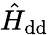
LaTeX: \hat{H}_{\mathrm{dd}}